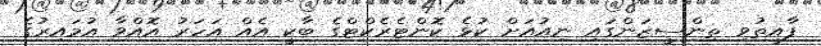
ފާއިތުވި ތިންސީޒަންގައި ނިއުއަށް ކުޅެ ކޮންޓެރެކްޓްގެ ބާކީ އެއް އަހަރު އޮއްވާ އުމައިރުގެ